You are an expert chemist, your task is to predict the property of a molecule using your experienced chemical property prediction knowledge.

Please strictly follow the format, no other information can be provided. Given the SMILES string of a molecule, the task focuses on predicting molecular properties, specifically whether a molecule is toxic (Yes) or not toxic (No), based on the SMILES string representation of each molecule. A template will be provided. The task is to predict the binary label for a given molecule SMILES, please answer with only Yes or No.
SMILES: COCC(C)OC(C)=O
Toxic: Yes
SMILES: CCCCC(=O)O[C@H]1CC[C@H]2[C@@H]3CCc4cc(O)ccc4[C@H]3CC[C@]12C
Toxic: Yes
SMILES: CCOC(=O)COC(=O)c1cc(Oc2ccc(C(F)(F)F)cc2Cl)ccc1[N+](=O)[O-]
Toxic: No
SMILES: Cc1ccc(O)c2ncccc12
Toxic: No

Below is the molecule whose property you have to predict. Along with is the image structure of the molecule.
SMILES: CN(C)C(=O)CNC(=O)Cc1ccccc1
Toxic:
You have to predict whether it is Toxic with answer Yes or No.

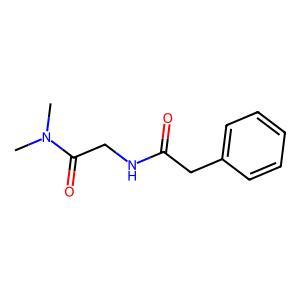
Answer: No